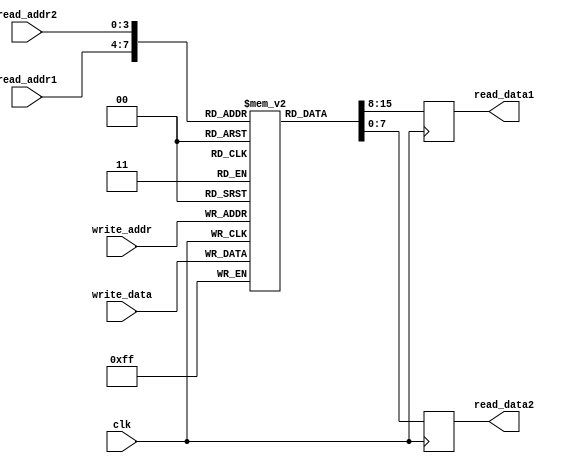
module register_file(
input wire clk, // clock signal
input wire [3:0] write_addr, // address for writing data
input wire [3:0] read_addr1, // address for reading data
input wire [3:0] read_addr2,
input wire [7:0] write_data, // data to be written
output reg [7:0] read_data1, // data read from read_addr1
output reg [7:0] read_data2
);

reg [7:0] mem[0:15]; // memory blocks for registers

always @(posedge clk) begin
mem[write_addr] <= write_data;
read_data1 <= mem[read_addr1];
read_data2 <= mem[read_addr2];
end

endmodule